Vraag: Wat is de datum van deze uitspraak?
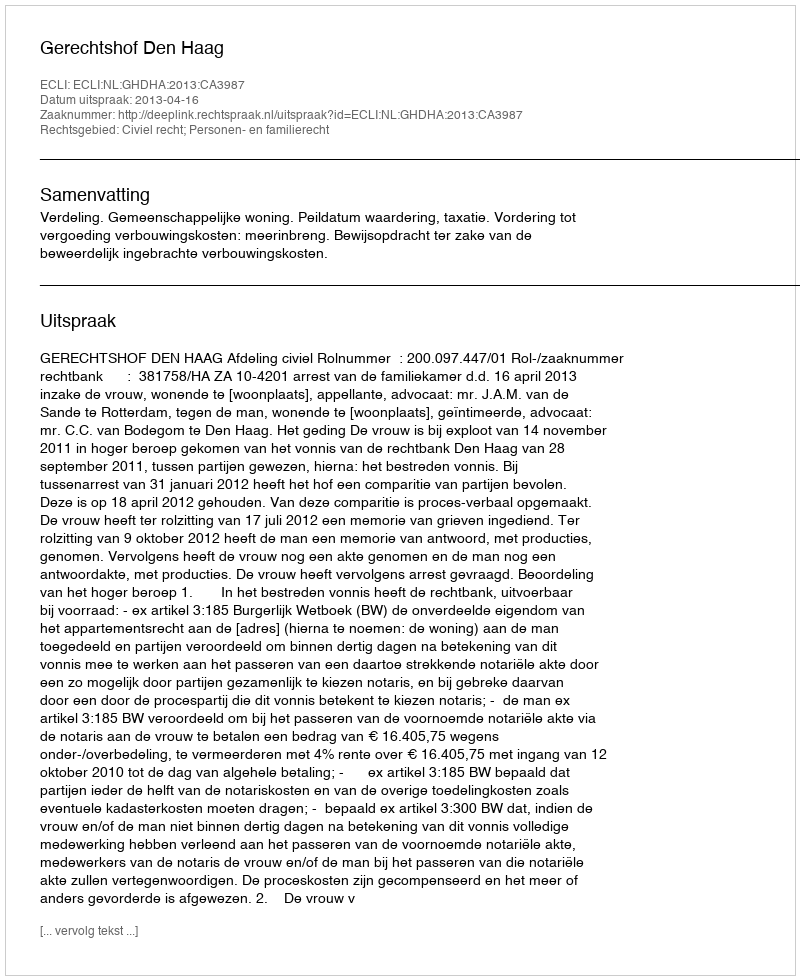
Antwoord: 2013-04-16